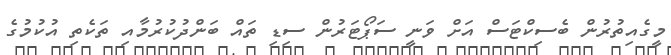
މީގެއިތުރުން ބެސިކްޓަސް އަށް ވަނީ ސަޕޯޓަރުން ސިޑި ތައް ބަންދުކުރުމާއި ތަކެތި އުކުމުގެ